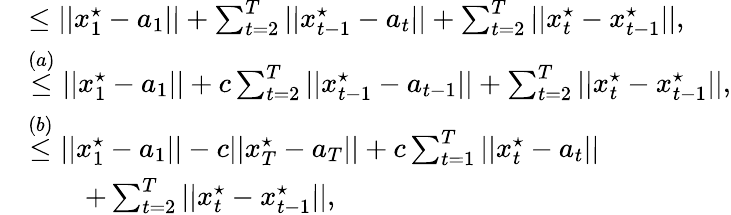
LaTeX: \begin{array}{rl}&{\le||x_{1}^{\star}-a_{1}||+\sum_{t=2}^{T}||x_{t-1}^{\star}-a_{t}||+\sum_{t=2}^{T}||x_{t}^{\star}-x_{t-1}^{\star}||,}\\ &{\stackrel{(a)}\le||x_{1}^{\star}-a_{1}||+c\sum_{t=2}^{T}||x_{t-1}^{\star}-a_{t-1}||+\sum_{t=2}^{T}||x_{t}^{\star}-x_{t-1}^{\star}||,}\\ &{\stackrel{(b)}\le||x_{1}^{\star}-a_{1}||-c||x_{T}^{\star}-a_{T}||+c\sum_{t=1}^{T}||x_{t}^{\star}-a_{t}||}\\ &{\quad\quad+\sum_{t=2}^{T}||x_{t}^{\star}-x_{t-1}^{\star}||,}\end{array}